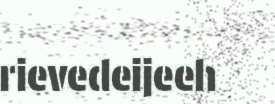
rievedeijeeh